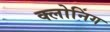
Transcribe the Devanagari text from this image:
क्‍लोनिंग